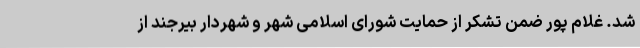
شد. غلام پور ضمن تشکر از حمایت شورای اسلامی شهر و شهردار بیرجند از